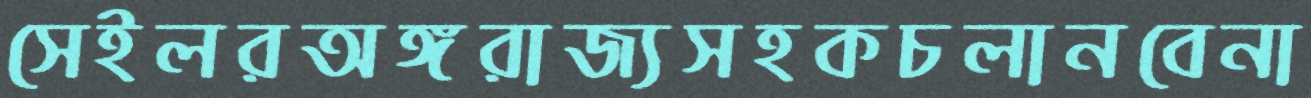
সেইলরঅঙ্গরাজ্যসহকচলানবেনা